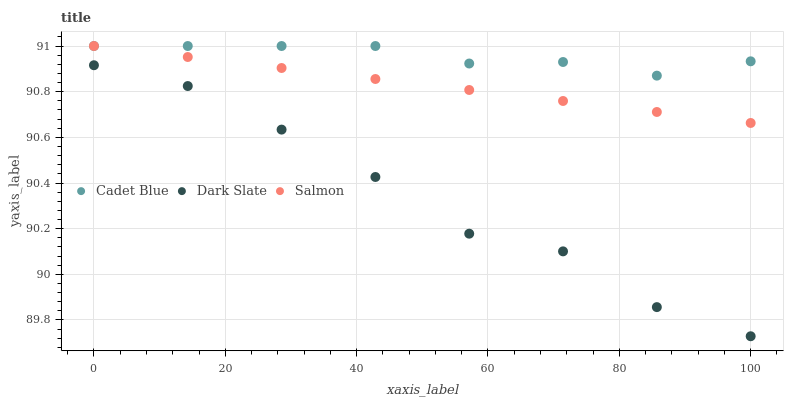
| xaxis_label | Cadet Blue | Dark Slate | Salmon |
 | --- | --- | --- | --- |
 | 0 | 91 | 90.9 | 91 |
 | 14.3 | 91 | 90.8 | 91 |
 | 28.6 | 91 | 90.6 | 90.9 |
 | 42.9 | 91 | 90.4 | 90.9 |
 | 57.1 | 90.9 | 90.2 | 90.8 |
 | 71.4 | 90.9 | 90.1 | 90.8 |
 | 85.7 | 90.9 | 89.9 | 90.7 |
 | 100 | 90.9 | 89.7 | 90.7 |